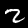
Label: 2